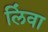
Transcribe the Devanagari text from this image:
लिंवा